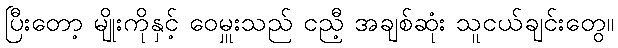
ပြီးတော့ မျိုးကိုနှင့် ဝေမှူးသည် ငညီ့ အချစ်ဆုံး သူငယ်ချင်းတွေ။